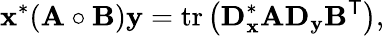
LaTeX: \mathbf{x}^{*}(\mathbf{A}\circ\mathbf{B})\mathbf{y}=\mathrm{tr}\left(\mathbf{D}_{\mathbf{x}}^{*}\mathbf{A}\mathbf{D}_{\mathbf{y}}\mathbf{B}^{\mathsf{T}}\right),